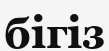
бігіз